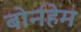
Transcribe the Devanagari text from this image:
बोर्नहेम